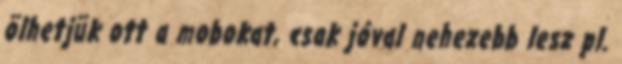
ölhetjük ott a mobokat, csak jóval nehezebb lesz pl.